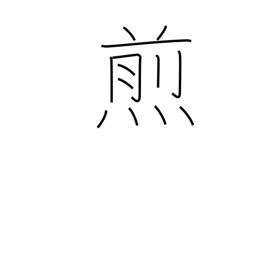
Meaning: broil